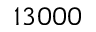
1 3 0 0 0